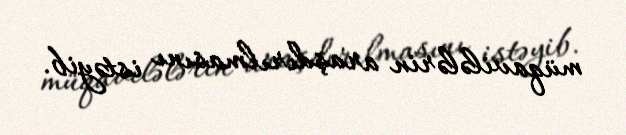
müqavilələrin araşdırılmasını istəyib.